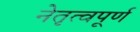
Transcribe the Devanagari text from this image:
नेतृत्वपूर्ण